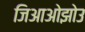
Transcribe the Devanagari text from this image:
जिआओझोउ